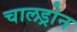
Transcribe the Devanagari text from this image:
चालड्रोन